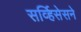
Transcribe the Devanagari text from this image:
सर्व्हिसेसने